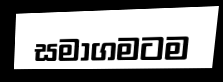
සමාගමටම